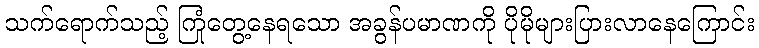
သက်ရောက်သည့် ကြုံတွေ့နေရသော အခွန်ပမာဏကို ပိုမိုများပြားလာနေကြောင်း